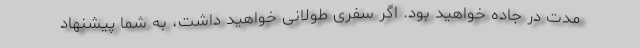
مدت در جاده خواهید بود. اگر سفری طولانی خواهید داشت، به شما پیشنهاد